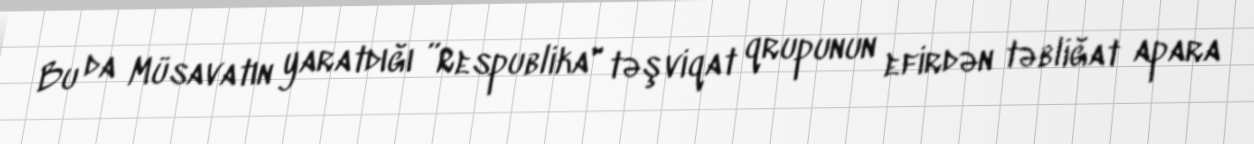
Bu da Müsavatın yaratdığı ”Respublika" təşviqat qrupunun efirdən təbliğat apara